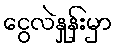
ငွေလဲနှုန်းမှာ